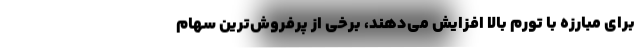
برای مبارزه با تورم بالا افزایش می‌دهند، برخی از پرفروش‌ترین سهام